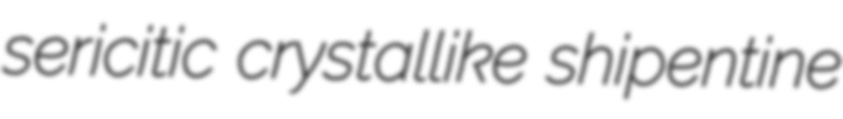
sericitic crystallike shipentine